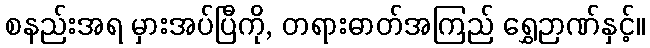
စနည်းအရ မှားအပ်ပြီကို, တရားဓာတ်အကြည် ရွှေဉာဏ်နှင့်။